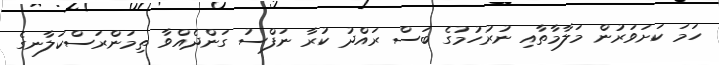
ހަމަ ކަށަވަރުން މަލާމާތާއި ނުރުހުމުގެ ބަސް ރައްދު ކުރާ ނަފްސު ގަންދެއްވާ ތިމަންރަސްކަލާނގެ